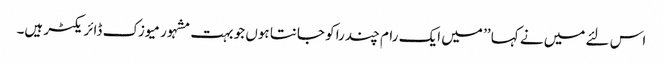
اس لئے میں نے کہا ’’ میں ایک رام چندرا کو جانتا ہوں جو بہت مشہور میوزک ڈائریکٹر ہیں۔